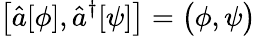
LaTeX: \bigl[\hat{a}[\phi],\hat{a}^{\dagger}[\psi]\bigr]=\bigl(\phi,\psi\bigr)